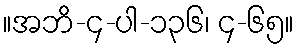
။အဘိ-၄-ပါ-၁၃၆၊ ၄-၆၅။